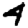
Digit: 4